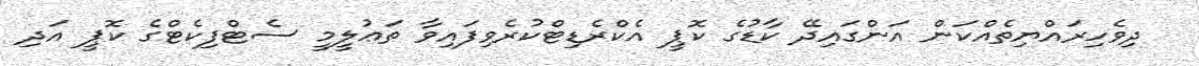
ދިވެހިރައްޔިތެއްކަން އަންގައިދޭ ކާޑުގެ ކޮޕީ އެކްރެޑިޓްކުރެވިފައިވާ ތަޢުލީމީ ސެޓްފިކެޓްގެ ކޮޕީ އަދި